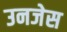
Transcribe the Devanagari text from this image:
उनजेस